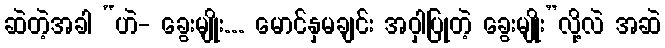
ဆဲတဲ့အခါ “ဟဲ- ခွေးမျိုး... မောင်နှမချင်း အဝှါပြုတဲ့ ခွေးမျိုး”လို့လဲ အဆဲ